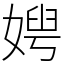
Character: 𡞲